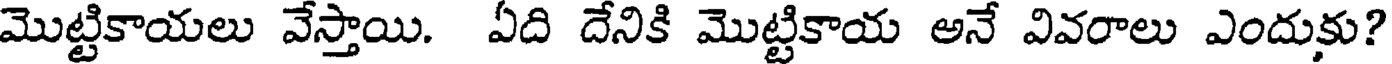
మొట్టికాయలు వేస్తాయి. ఏది దేనికి మొట్టికాయ అనే వివరాలు ఎందుకు?